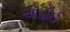
ઍડોઈ